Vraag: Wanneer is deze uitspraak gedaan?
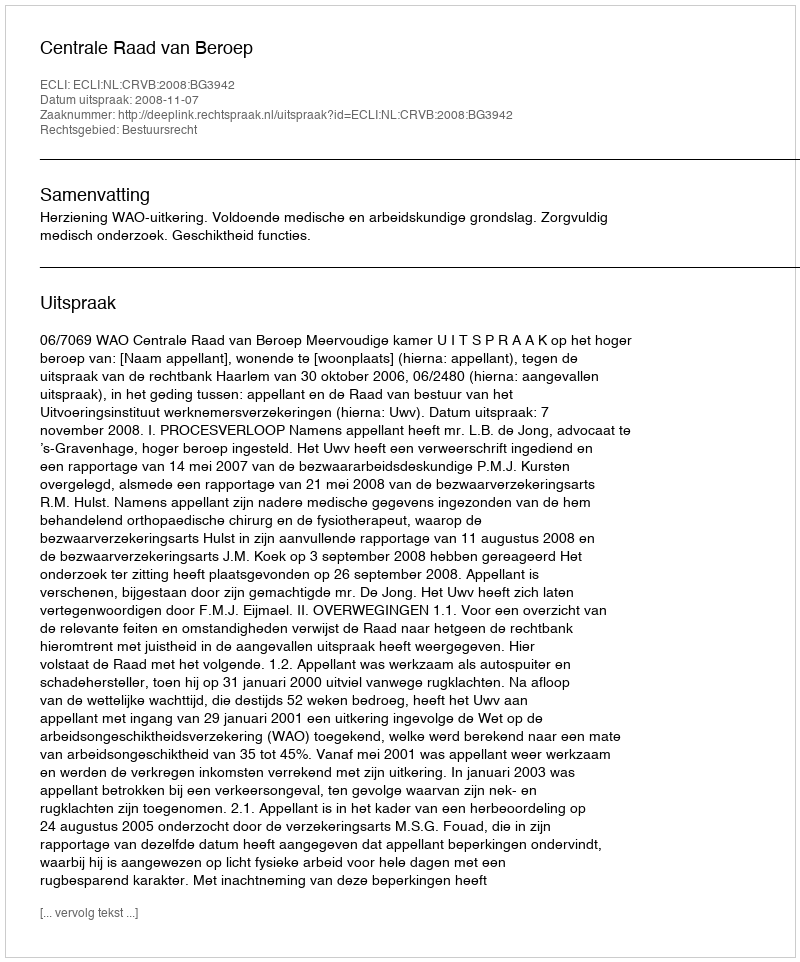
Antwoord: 2008-11-07